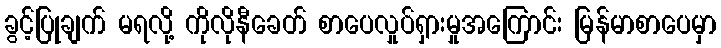
ခွင့်ပြုချက် မရလို့ ကိုလိုနီခေတ် စာပေလှုပ်ရှားမှုအကြောင်း မြန်မာစာပေမှာ